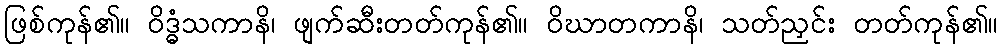
ဖြစ်ကုန်၏။ ဝိဒ္ဓံသကာနိ၊ ဖျက်ဆီးတတ်ကုန်၏။ ဝိဃာတကာနိ၊ သတ်ညှင်း တတ်ကုန်၏။